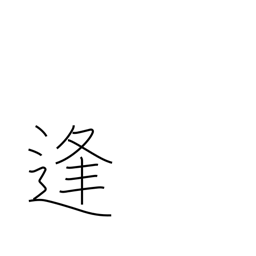
Meaning: date